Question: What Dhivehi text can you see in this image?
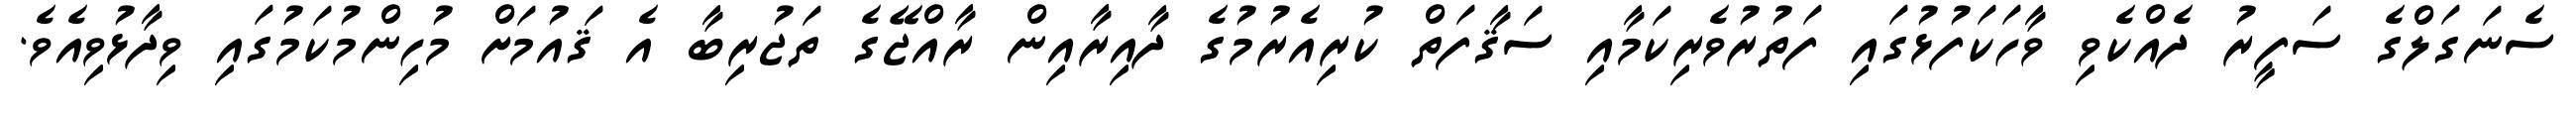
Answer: ސެނަގަލްގެ ސަފީރު ދެއްކެވި ވާހަކަފުޅުގައި ފަތުރުވެރިކަމާއި ސަޤާފަތް ކުރިއެރުމުގެ ދާއިރާއިން ރާއްޖޭގެ ތަޖުރިބާ އެ ޤައުމަށް މުހިންމުކަމުގައި ވިދާޅުވިއެވެ.